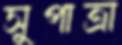
সুপাত্রা